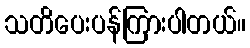
သတိပေးပန်ကြားပါတယ်။